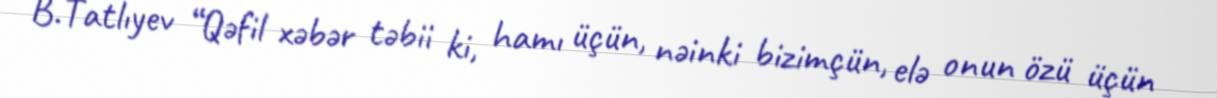
B.Tatlıyev “Qəfil xəbər təbii ki, hamı üçün, nəinki bizimçün, elə onun özü üçün